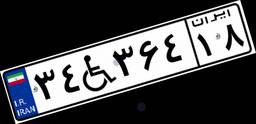
۳۴W۳۶۴۱۸